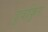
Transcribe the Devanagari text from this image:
दुर्वाकुर